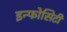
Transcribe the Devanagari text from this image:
इन्फोसिटी